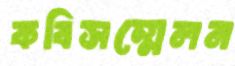
কবিসম্মেলন